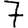
Digit: 7